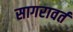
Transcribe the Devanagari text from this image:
सागरावर्त